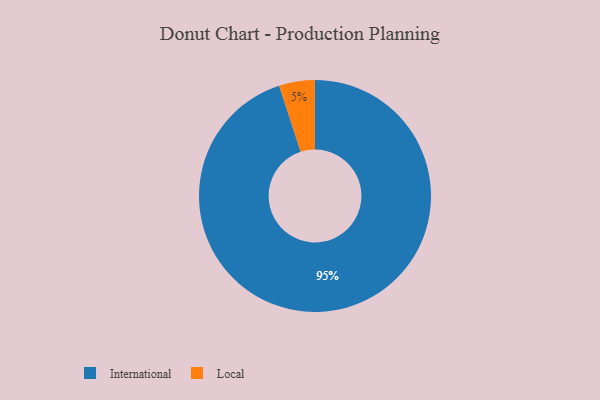
{"axis": {"x": "Category", "y": "Percentage"}, "legend": ["International", "Local"], "data": [{"x": "International", "y": 95, "type": "International"}, {"x": "Local", "y": 5, "type": "Local"}]}